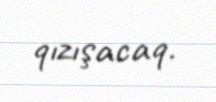
qızışacaq.